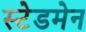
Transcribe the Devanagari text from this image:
स्टेडमेन